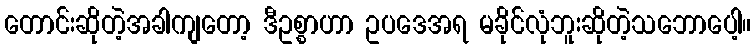
တောင်းဆိုတဲ့အခါကျတော့ ဒီဥစ္စာဟာ ဥပဒေအရ မခိုင်လုံဘူးဆိုတဲ့သဘောပေါ့။